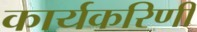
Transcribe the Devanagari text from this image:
कार्यकरिणी